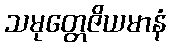
သမုတ္တေဇိယမာနံ